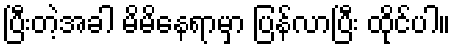
ပြီးတဲ့အခါ မိမိနေရာမှာ ပြန်လာပြီး ထိုင်ပါ။